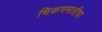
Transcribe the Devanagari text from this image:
चिकणमातीचा